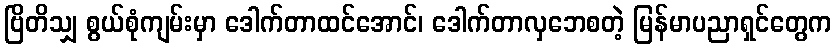
ဗြိတိသျှ စွယ်စုံကျမ်းမှာ ဒေါက်တာထင်အောင်၊ ဒေါက်တာလှဘေစတဲ့ မြန်မာပညာရှင်တွေက